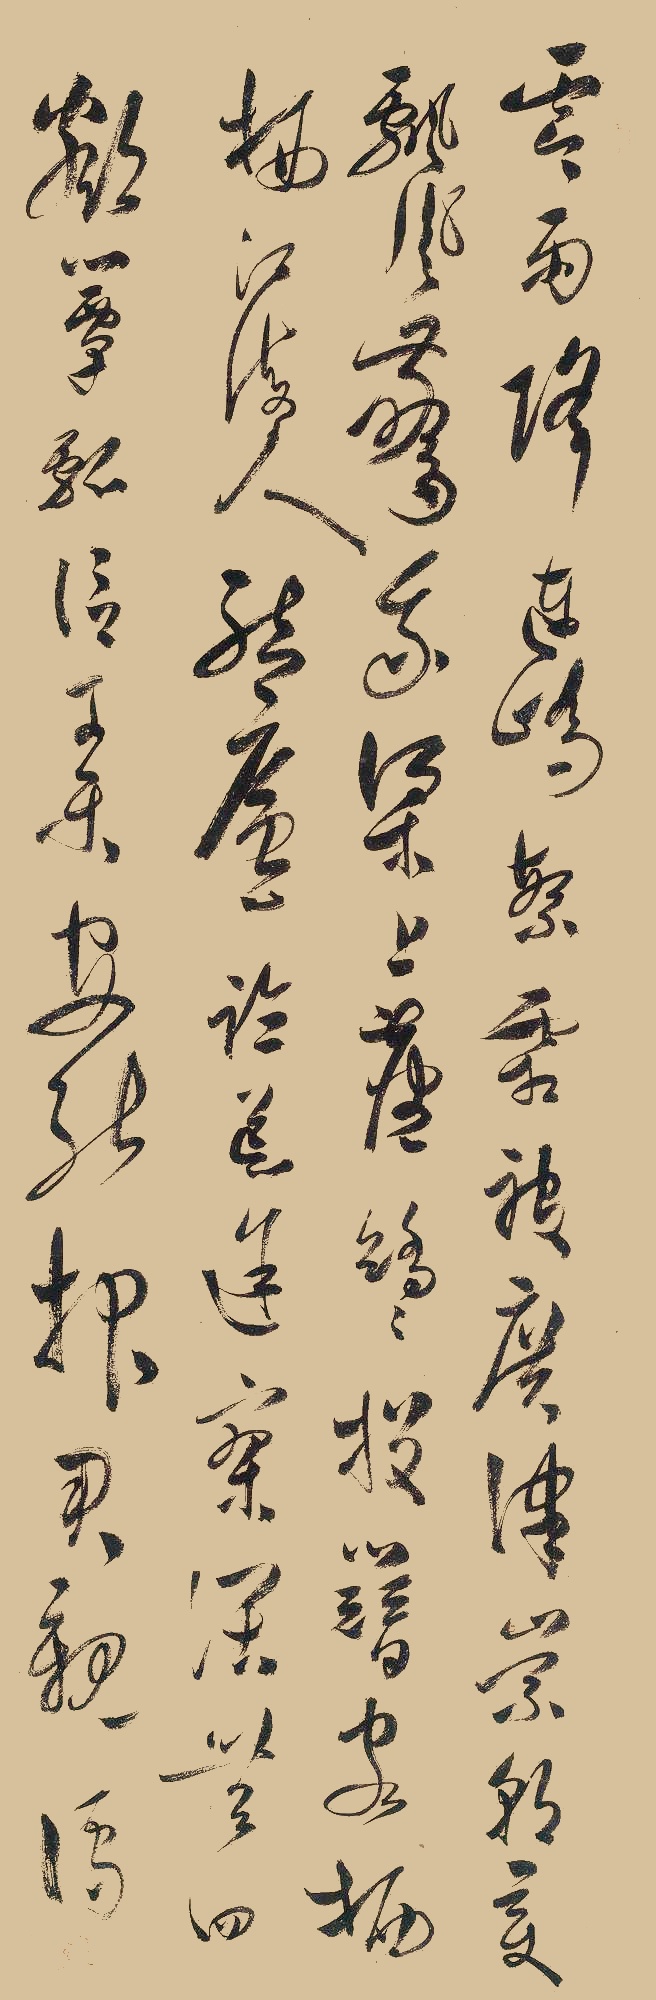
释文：零雨降连峤，繁霜被广津。崇朝变飘风，惊我梁上尘。矫矫投簪客，栖栖江海人。结庐临荒途，寥阔无四邻。簟瓢信可乐，安能报君亲。儒。